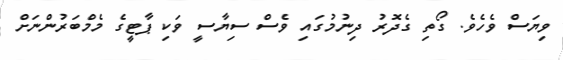
ވިޔަސް ވެހެވެ. ގޯތި ގެދޮރު ދިނުމުގައި ވެސް ސިޔާސީ ވަކި ޕާޓީގެ މެމްބަރުންނަށް